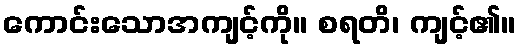
ကောင်းသောအကျင့်ကို။ စရတိ၊ ကျင့်၏။